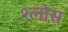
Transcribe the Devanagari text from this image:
श्लोस